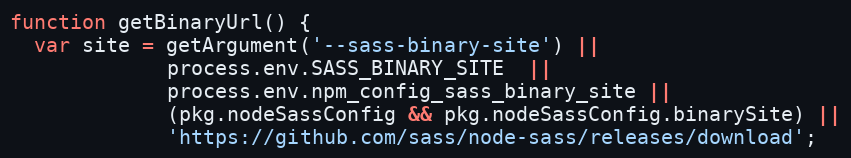
Language: JavaScript
function getBinaryUrl() {
  var site = getArgument('--sass-binary-site') ||
             process.env.SASS_BINARY_SITE  ||
             process.env.npm_config_sass_binary_site ||
             (pkg.nodeSassConfig && pkg.nodeSassConfig.binarySite) ||
             'https://github.com/sass/node-sass/releases/download';